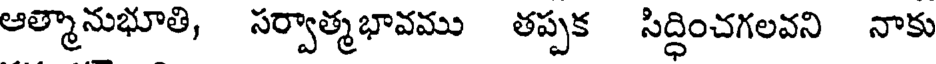
ఆత్మానుభూతి, సర్వాత్మభావము తప్పక సిద్ధించగలవని నాకు